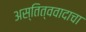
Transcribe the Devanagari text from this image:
अस्तित्ववादाचा